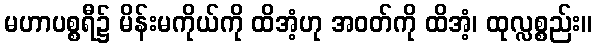
မဟာပစ္စရီ၌ မိန်းမကိုယ်ကို ထိအံ့ဟု အဝတ်ကို ထိအံ့၊ ထုလ္လစ္စည်း။